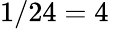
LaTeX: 1/24=4\